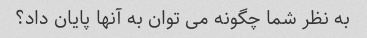
به نظر شما چگونه می توان به آنها پایان داد؟